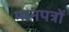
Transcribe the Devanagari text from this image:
मानपत्रों